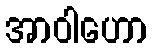
အာဝါဟော